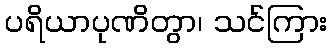
ပရိယာပုဏိတွာ၊ သင်ကြား